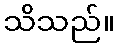
သိသည်။